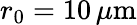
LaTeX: r_{0}=10\, \mu\textrm{m}